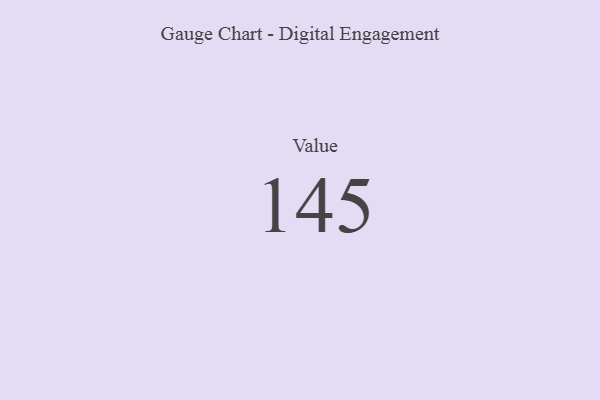
{"axis": {"x": "Metric", "y": "Value"}, "legend": [""], "data": [{"x": "Value", "y": 145, "type": ""}]}